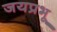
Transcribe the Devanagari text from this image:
जयप्रभू